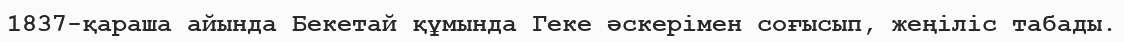
1837-қараша айында Бекетай құмында Геке әскерімен соғысып, жеңіліс табады.